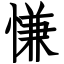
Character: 慊